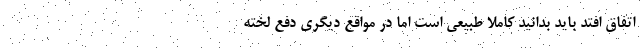
اتفاق افتد باید بدانید کاملا طبیعی است اما در مواقع دیگری دفع لخته